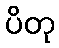
ပိတု